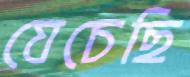
যেচেছি